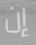
إن